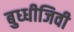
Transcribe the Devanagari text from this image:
बुध्धीजिवी